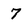
Character: 7